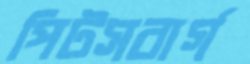
পিটসবার্গ